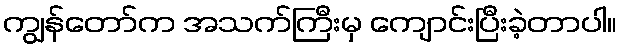
ကျွန်တော်က အသက်ကြီးမှ ကျောင်းပြီးခဲ့တာပါ။